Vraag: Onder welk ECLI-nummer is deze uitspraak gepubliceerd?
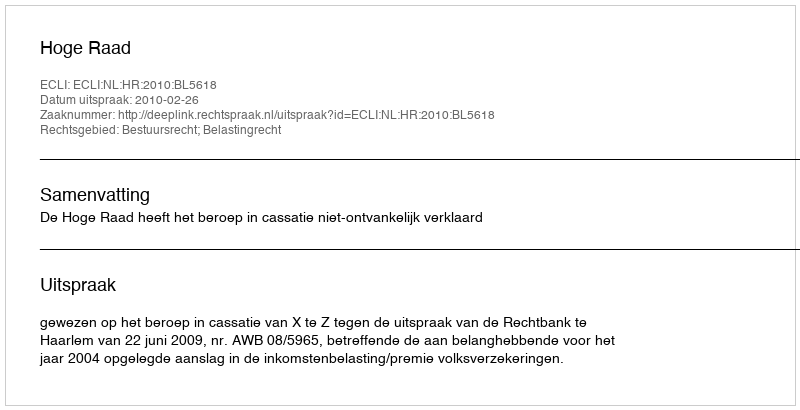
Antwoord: ECLI:NL:HR:2010:BL5618